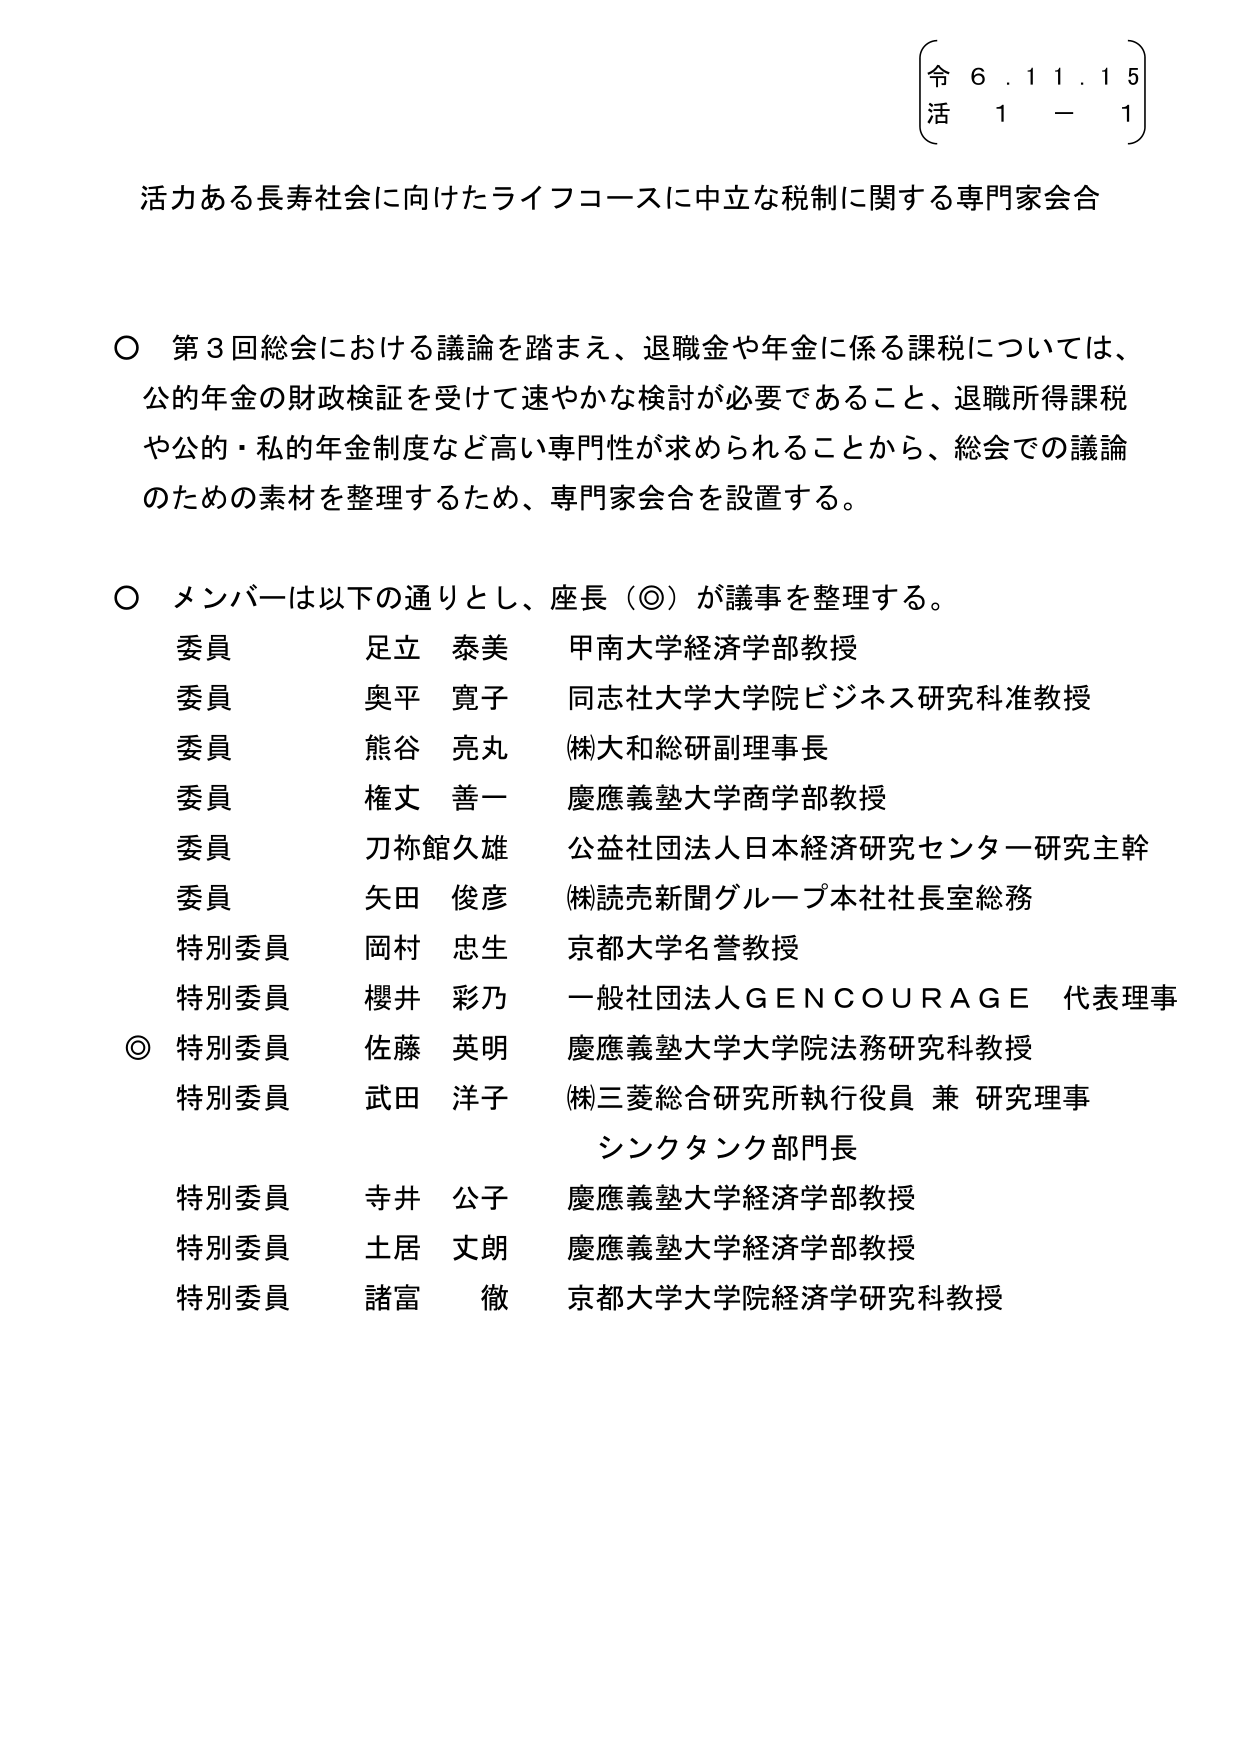
令 6. 1 1. 1 5
活 1 - 1

活力ある長寿社会に向けたライフコースに中立な税制に関する専門家会合

○ 第3回総会における議論を踏まえ、退職金や年金に係る課税については、
公的年金の財政検証を受けて速やかな検討が必要であること、退職所得課税
や公的・私的年金制度など高い専門性が求められることから、総会での議論
のための素材を整理するため、専門家会合を設置する。

○ メンバーは以下の通りとし、座長（◎）が議事を整理する。
委員 足立 泰美 甲南大学経済学部教授
委員 奥平 寛子 同志社大学大学院ビジネス研究科准教授
委員 熊谷 亮丸 (株)大和総研副理事長
委員 権丈 善一 慶應義塾大学商学部教授
委員 刀祢館久雄 公益社団法人日本経済研究センター研究主幹
委員 矢田 俊彦 (株)読売新聞グループ本社社長室総務
特別委員 岡村 忠生 京都大学名誉教授
特別委員 櫻井 彩乃 一般社団法人GENCOURAGE 代表理事
◎ 特別委員 佐藤 英明 慶應義塾大学大学院法務研究科教授
特別委員 武田 洋子 (株)三菱総合研究所執行役員 兼 研究理事
　　　　　　　　　　　　　シンクタンク部門長
特別委員 寺井 公子 慶應義塾大学経済学部教授
特別委員 土居 丈朗 慶應義塾大学経済学部教授
特別委員 諸富 徹 京都大学大学院経済学研究科教授